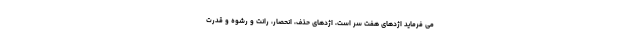
می فرماید اژدهای هفت سر است، اژدهای حذف، انحصار، رانت و رشوه و قدرت